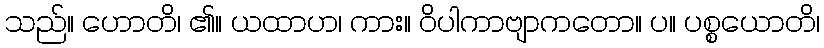
သည်။ ဟောတိ၊ ၏။ ယထာဟ၊ ကား။ ဝိပါကာဗျာကတော။ ပ။ ပစ္စယောတိ၊